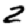
Digit: 2